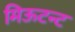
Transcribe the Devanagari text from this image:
मिऊटन्ट